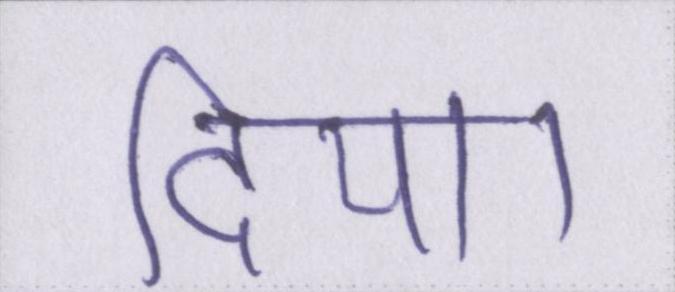
दिया।